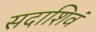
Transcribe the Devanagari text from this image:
सदाशिवं